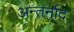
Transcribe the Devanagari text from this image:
अन्तर्नाद